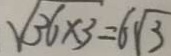
\sqrt { 3 6 \times 3 } = 6 \sqrt { 3 }